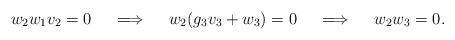
LaTeX: \begin{align*}w_2w_1v_2=0 \ \ \ \implies \ \ \ w_2(g_3v_3+w_3)=0 \ \ \ \implies \ \ \ w_2w_3=0 .\end{align*}